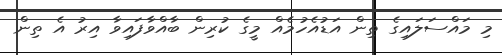
މި މައްސަލައިގެ ތިން އަޑުއެހުމެއް މީގެ ކުރިން ބާއްވާފައިވާ އިރު އެ ތިން